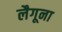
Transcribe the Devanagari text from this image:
लैगूना